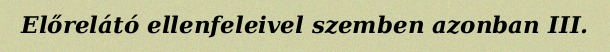
Előrelátó ellenfeleivel szemben azonban III.